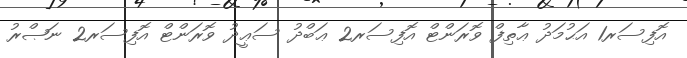
އޮފިސަރ1 އަޙުމަދު ޢާތިފް ވޮރަންޓް އޮފިސަރ2 ޢަބްދު ސަޢީދު ވޮރަންޓް އޮފިސަރ2 ނަޞްރު